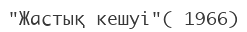
"Жастық кешуі"( 1966)